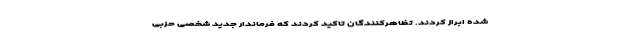
شده ابراز کردند. تظاهرکنندگان تاکید کردند که فرماندار جدید شخصی حزبی